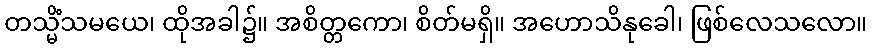
တသ္မိံသမယေ၊ ထိုအခါ၌။ အစိတ္တကော၊ စိတ်မရှိ။ အဟောသိနုခေါ၊ ဖြစ်လေသလော။